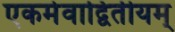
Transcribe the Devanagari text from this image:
एकमेवाद्वितीयम्‌